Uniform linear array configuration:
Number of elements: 48
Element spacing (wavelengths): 0.25
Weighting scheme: exponential
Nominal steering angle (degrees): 60
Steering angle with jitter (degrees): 59.54
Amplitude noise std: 0.05
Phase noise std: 0.05

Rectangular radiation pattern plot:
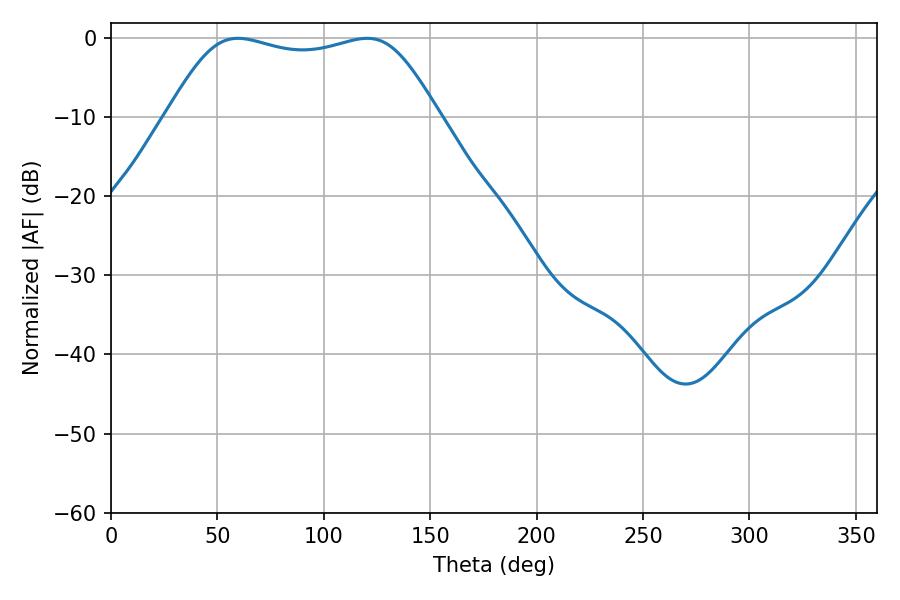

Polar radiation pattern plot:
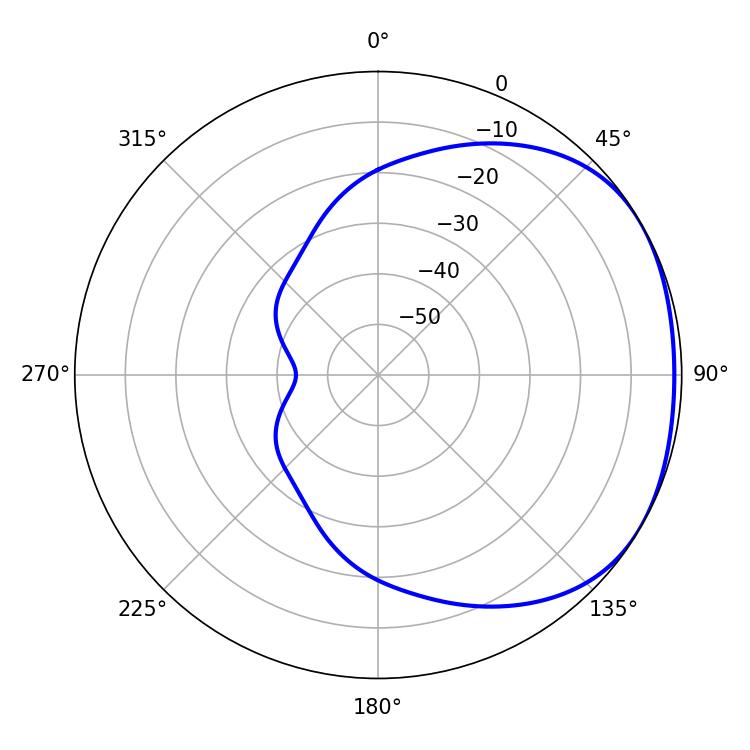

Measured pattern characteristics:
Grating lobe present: FALSE
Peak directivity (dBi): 1.708
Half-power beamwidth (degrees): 97.56
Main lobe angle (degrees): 59.58